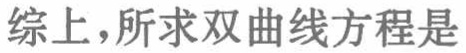
综上，所求双曲线方程是